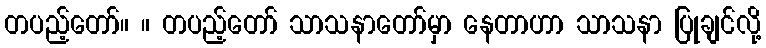
တပည့်တော်။ ။ တပည့်တော် သာသနာတော်မှာ နေတာဟာ သာသနာ ပြုချင်လို့